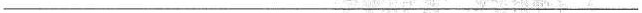
___